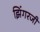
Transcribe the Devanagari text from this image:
झिंगरजी